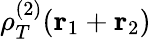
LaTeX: \rho_{T}^{(2)}({\mathbf r}_{1}+{\mathbf r}_{2})